Plague in India, 1896, 1897 - Volume 3
Year: 1896
Disease focus: Plague
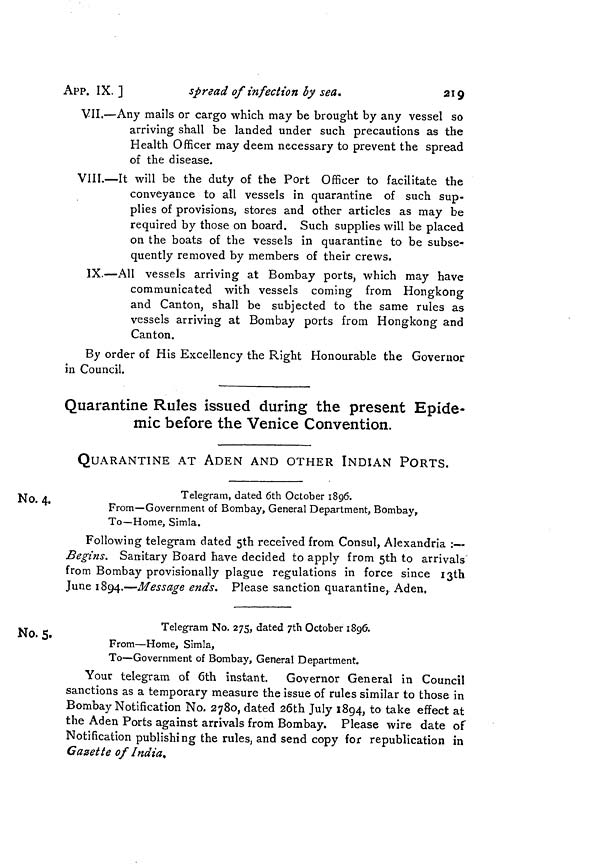
219
APP. IX. ]
spread of infection by sea.
VII.—Any mails or cargo which may be brought by any vessel so
arriving shall be landed under such precautions as the
Health Officer may deem necessary to prevent the spread
of the disease.
VIII.—It will be the duty of the Port Officer to facilitate the
conveyance to all vessels in quarantine of such sup-
plies of provisions, stores and other articles as may be
required by those on board. Such supplies will be placed
on the boats of the vessels in quarantine to be subse-
quently removed by members of their crews.
IX.—All vessels arriving at Bombay ports, which may have
communicated with vessels coming from Hongkong
and Canton, shall be subjected to the same rules as
vessels arriving at Bombay ports from Hongkong and
Canton.
By order of His Excellency the Right Honourable the Governor
in Council.
Quarantine Rules issued during the present Epide-
mic before the Venice Convention.
QUARANTINE AT ADEN AND OTHER INDIAN PORTS.
No. 4.
Telegram, dated 6th October 1896.
From—Government of Bombay, General Department, Bombay,
To—Home, Simla.
Following telegram dated 5th received from Consul, Alexandria :—
Begins. Sanitary Board have decided to apply from 5th to arrivals
from Bombay provisionally plague regulations in force since 13th
June 1894.—Message ends. Please sanction quarantine, Aden.
No. 5.
Telegram No. 275, dated 7th October 1896.
From—Home, Simla,
To—Government of Bombay, General Department.
Your telegram of 6th instant. Governor General in Council
sanctions as a temporary measure the issue of rules similar to those in
Bombay Notification No. 2780, dated 26th July 1894, to take effect at
the Aden Ports against arrivals from Bombay. Please wire date of
Notification publishing the rules, and send copy for republication in
Gazette of India.